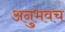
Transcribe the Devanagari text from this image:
अनुभवच